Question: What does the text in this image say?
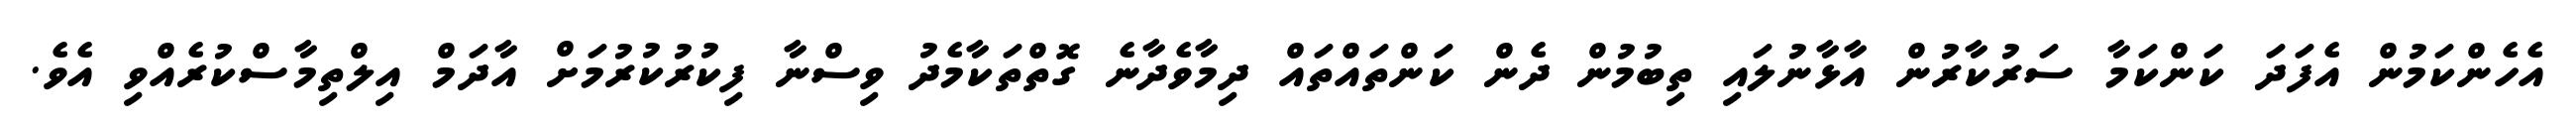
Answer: އެހެންކަމުން އެފަދަ ކަންކަމާ ސަރުކާރުން އާޅާނުލައި ތިބުމުން ދެން ކަންތައްތައް ދިމާވެދާނެ ގޮތްތަކާމެދު ވިސްނާ ފިކުރުކުރުމަށް އާދަމް އިލްތިމާސްކުރެއްވި އެވެ.